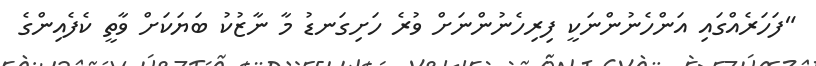
"ފަހަރެއްގައި އަންހެނުންނަކީ ފިރިހެނުންނަށް ވުރެ ހަށިގަނޑު މާ ނާޒުކު ބަޔަކަށް ވާތީ ކެފެއިންގެ